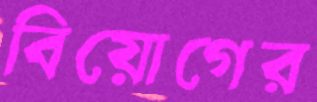
বিয়োগের